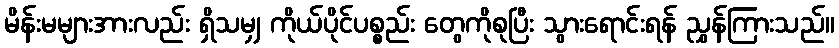
မိန်းမများအားလည်း ရှိသမျှ ကိုယ်ပိုင်ပစ္စည်း တွေကိုစုပြီး သွားရောင်းရန် ညွှန်ကြားသည်။